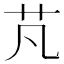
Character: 芃